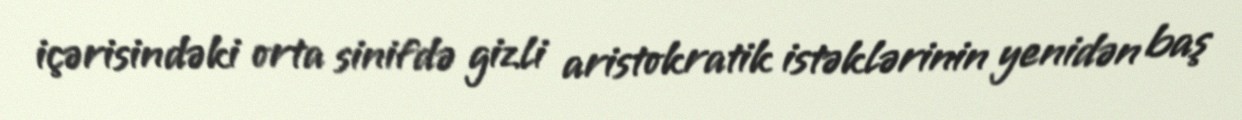
içərisindəki orta sinifdə gizli aristokratik istəklərinin yenidən baş